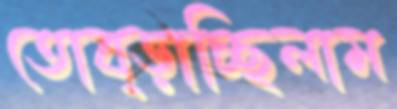
তোব্‌ড়াচ্ছিলাম